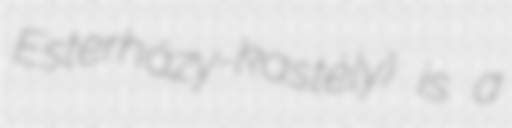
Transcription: Esterházy-kastély) is a